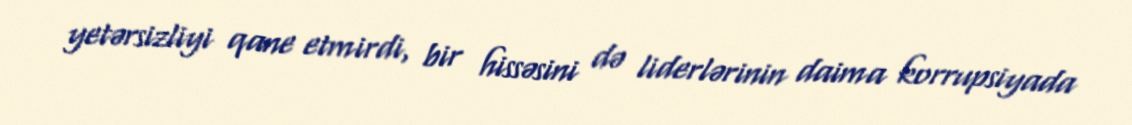
yetərsizliyi qane etmirdi, bir hissəsini də liderlərinin daima korrupsiyada